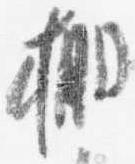
棚